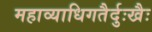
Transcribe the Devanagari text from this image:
महाव्याधिगतैर्दुःखैः